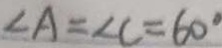
\angle A = \angle C = 6 0 ^ { \circ }